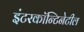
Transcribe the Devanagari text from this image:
इंटरकॉन्टिनेटील